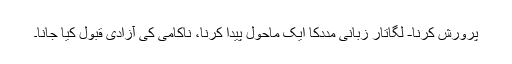
پرورش کرنا- لگاتار زبانی مددکا ایک ماحول پیدا کرنا، ناکامی کی آزادی قبول کیا جانا۔